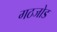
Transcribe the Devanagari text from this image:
गठजोड